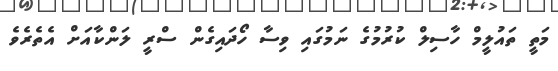
މަތީ ތައުލީމް ހާސިލް ކުރުމުގެ ނަމުގައި ވިސާ ހޯދައިގެން ސްރީ ލަންކާއަށް އެތެރެވެ